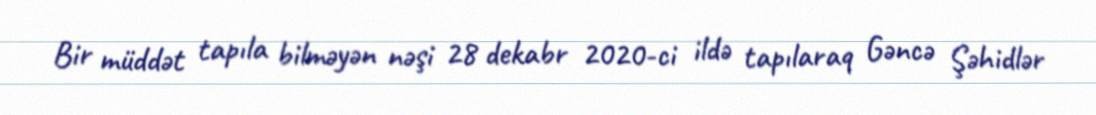
Bir müddət tapıla bilməyən nəşi 28 dekabr 2020-ci ildə tapılaraq Gəncə Şəhidlər